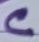
Text: C